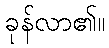
ခုန်လာ၏။